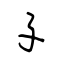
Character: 孓